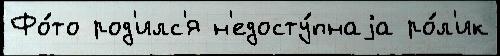
Фо́то род'илс'я н'едосту́пнаjа ро́л'ик